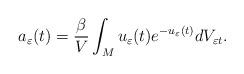
LaTeX: \begin{align*}a_{\varepsilon}(t)=\frac{\beta}{V}\int_{M}u_{\varepsilon}(t)e^{-u_{\varepsilon}(t)}dV_{\varepsilon t}.\end{align*}